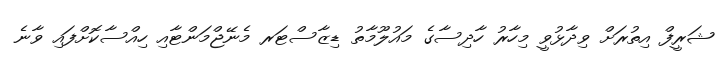
ޝަރީފް އިތުރަށް ވިދާޅުވީ މިހާރު ހާދިސާގެ މައުލޫމާތު ޑިޒާސްޓަރ މެނޭޖްމަންޓާއި ހިއްސާކޮށްފައި ވާނެ